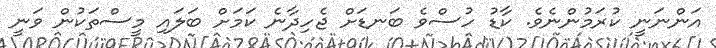
އަންނަނީ ކުރަމުންނެވެ. ކާޑު ހުސްވެ ބަނޑަށް ޖެހިދާނެ ކަމަށް ބަލައި މީސްތަކުން ވަނީ